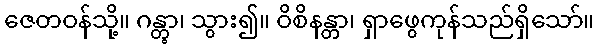
ဇေတဝန်သို့။ ဂန္တွာ၊ သွား၍။ ဝိစိနန္တာ၊ ရှာဖွေကုန်သည်ရှိသော်။